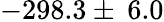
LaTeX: -298.3\pm\: 6.0